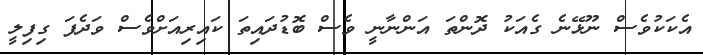
އެކަކުވެސް ނޫޅޭނެ ގެއަކު ދޮންތަ އަންނާނީ ވެސް ބޮޑުދައިތަ ކައިރިއަށްވެސް ވަދެފަ ގިފިލީ